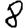
Digit: 8